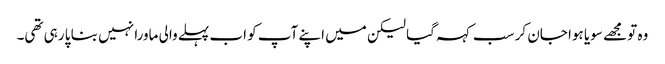
وہ تو مجھے سویا ہوا جان کر سب کہہ گیا لیکن میں اپنے آپ کو اب پہلے والی ماورا نہیں بنا پا رہی تھی۔